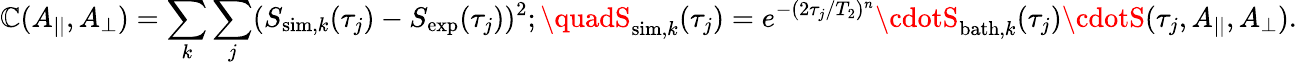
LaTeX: \mathbb{C}(A_{||},A_{\perp})=\sum_{k}\sum_{j}(S_{\mathrm{{sim}},k}(\tau_{j})-S_{\mathrm{{exp}}}(\tau_{j}))^{2};\quadS_{\mathrm{{sim}},k}(\tau_{j})=e^{-(2\tau_{j}/T_{2})^{n}}\cdotS_{\mathrm{{bath}},k}(\tau_{j})\cdotS(\tau_{j},A_{||},A_{\perp}).